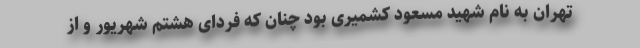
تهران به نام شهید مسعود کشمیری بود چنان که فردای هشتم شهریور و از